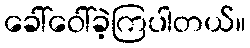
ခေါ်ဝေါ်ခဲ့ကြပါတယ်။